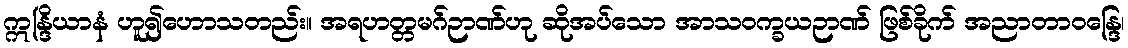
ဣန္ဒြိယာနံ ဟူ၍ဟောသတည်း။ အရဟတ္တမဂ်ဉာဏ်ဟု ဆိုအပ်သော အာသဝက္ခယဉာဏ် ဖြစ်ခိုက် အညာတာဝန္ဒြေ၊